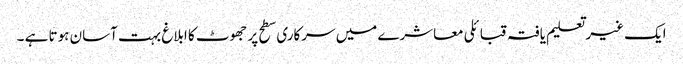
ایک غیر تعلیم یافتہ قبائلی معاشرے میں سرکاری سطح پر جھوٹ کا ابلاغ بہت آسان ہوتا ہے ۔